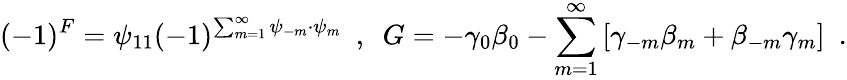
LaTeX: (-1)^{F}=\psi_{11}(-1)^{\sum_{m=1}^{\infty}\psi_{-m}\cdot\psi_{m}}~~,~~{G}=-\gamma_{0}\beta_{0}-\sum_{m=1}^{\infty}\left[\gamma_{-m}\beta_{m}+\beta_{-m}\gamma_{m}\right]~~.